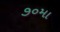
૭૦મા